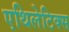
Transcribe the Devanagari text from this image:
एथिलेटिक्स